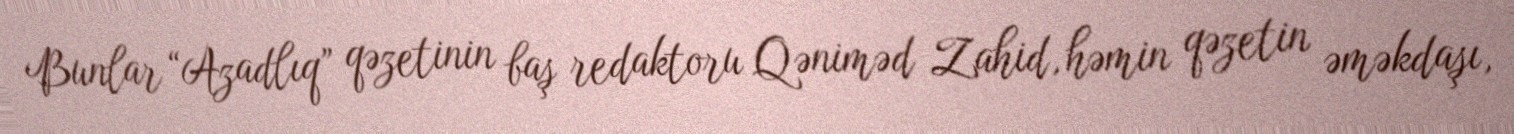
Bunlar “Azadlıq” qəzetinin baş redaktoru Qəniməd Zahid, həmin qəzetin əməkdaşı,